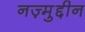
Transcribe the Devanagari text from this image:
नज़्मुद्दीन